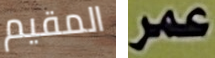
المقيم عمر